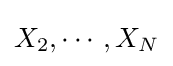
X_{2},\cdots ,X_{N}